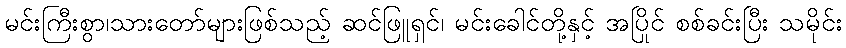
မင်းကြီးစွာ၊သားတော်များဖြစ်သည့် ဆင်ဖြူရှင်၊ မင်းခေါင်တို့နှင့် အပြိုင် စစ်ခင်းပြီး သမိုင်း